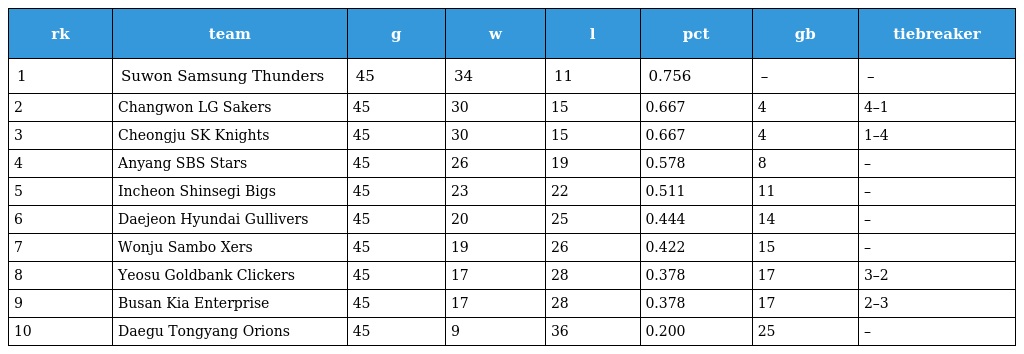
| rk | team | g | w | l | pct | gb | tiebreaker |
 | --- | --- | --- | --- | --- | --- | --- | --- |
 | 1 | Suwon Samsung Thunders | 45 | 34 | 11 | 0.756 | – | – |
 | 2 | Changwon LG Sakers | 45 | 30 | 15 | 0.667 | 4 | 4–1 |
 | 3 | Cheongju SK Knights | 45 | 30 | 15 | 0.667 | 4 | 1–4 |
 | 4 | Anyang SBS Stars | 45 | 26 | 19 | 0.578 | 8 | – |
 | 5 | Incheon Shinsegi Bigs | 45 | 23 | 22 | 0.511 | 11 | – |
 | 6 | Daejeon Hyundai Gullivers | 45 | 20 | 25 | 0.444 | 14 | – |
 | 7 | Wonju Sambo Xers | 45 | 19 | 26 | 0.422 | 15 | – |
 | 8 | Yeosu Goldbank Clickers | 45 | 17 | 28 | 0.378 | 17 | 3–2 |
 | 9 | Busan Kia Enterprise | 45 | 17 | 28 | 0.378 | 17 | 2–3 |
 | 10 | Daegu Tongyang Orions | 45 | 9 | 36 | 0.200 | 25 | – |